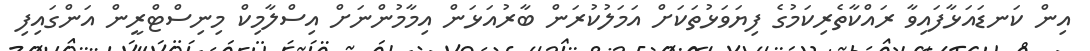
އިން ކަނޑައަޅާފައިވާ ރައްކާތެރިކަމުގެ ފިޔަވަޅުތަކަށް އަމަލުކުރަން ބާރުއަޅަން އިމާމުންނަށް އިސްލާމިކް މިނިސްޓްރީން އަންގައިފި